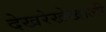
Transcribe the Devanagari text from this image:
देखरेखेखाली